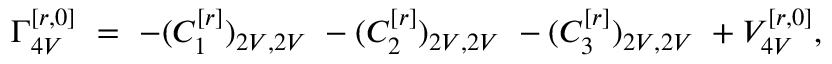
\Gamma _ { 4 V } ^ { [ r , 0 ] } \ = \ - ( C _ { 1 } ^ { [ r ] } ) _ { 2 V , 2 V } \ - ( C _ { 2 } ^ { [ r ] } ) _ { 2 V , 2 V } \ - ( C _ { 3 } ^ { [ r ] } ) _ { 2 V , 2 V } \ + V _ { 4 V } ^ { [ r , 0 ] } ,